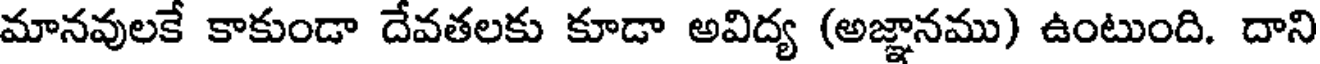
మానవులకే కాకుండా దేవతలకు కూడా అవిద్య (అజ్ఞానము) ఉంటుంది. దాని